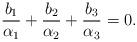
LaTeX: \begin{align*}\frac{b_1}{\alpha_1}+\frac{b_2}{\alpha_2}+\frac{b_3}{\alpha_3}=0.\end{align*}